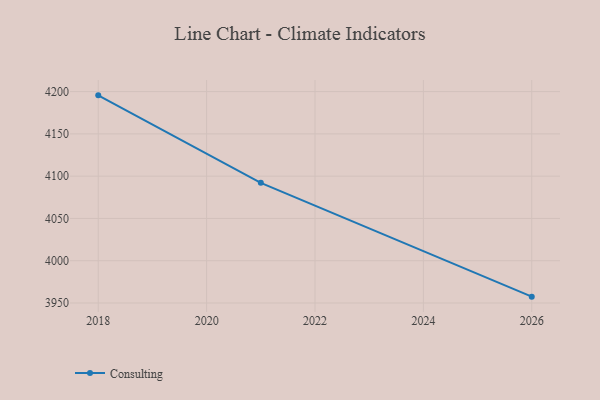
{"axis": {"x": "Year", "y": "Inventory Turnover"}, "legend": ["Consulting"], "data": [{"x": "2018", "y": 4195.6, "type": "Consulting"}, {"x": "2021", "y": 4092.1, "type": "Consulting"}, {"x": "2026", "y": 3957.5, "type": "Consulting"}]}